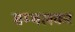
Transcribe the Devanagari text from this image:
सम्भलकर